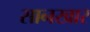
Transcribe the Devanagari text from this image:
सानखार